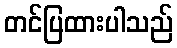
တင်ပြထားပါသည်